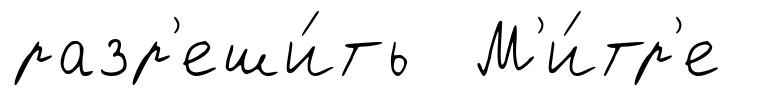
разр'еши́ть М'и́тр'е